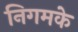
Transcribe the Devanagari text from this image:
निगमके